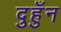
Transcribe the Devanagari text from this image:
दुहुँन